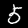
Digit: 5